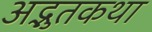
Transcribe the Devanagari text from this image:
अद्भुतकथा